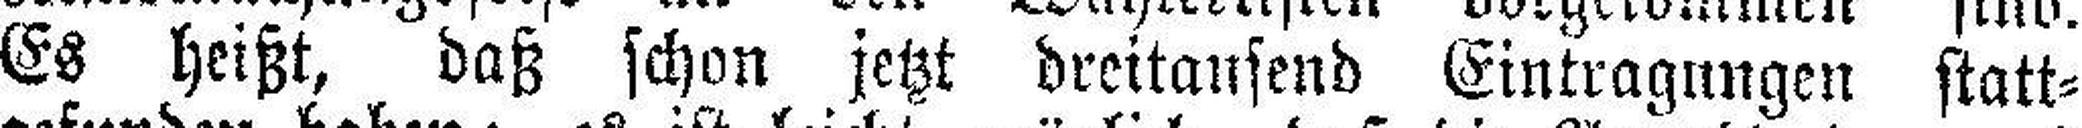
Es heißt, daß schon jetzt dreitausend Eintragungen statt¬